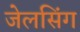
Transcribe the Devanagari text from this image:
जेलसिंग